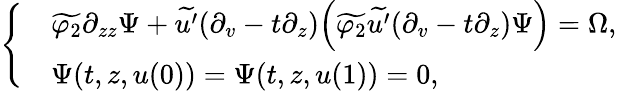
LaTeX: \left\{ \begin{array}{rl}&{\widetilde{\varphi_{2}}\partial_{zz}\Psi+\widetilde{u^{\prime}}(\partial_{v}-t\partial_{z})\Big(\widetilde{\varphi_{2}}\widetilde{u^{\prime}}(\partial_{v}-t\partial_{z})\Psi\Big)=\Omega,}\\ &{\Psi(t,z,u(0))=\Psi(t,z,u(1))=0,}\end{array}\right.